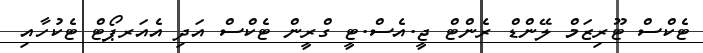
ޓެކްސް ޓޫރިޒަމް ލޭންޑް ރެންޓް ޖީ.އެސް.ޓީ ގްރީން ޓެކްސް އަދި އެއަރޕޯޓް ޓެކުހާއި